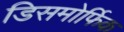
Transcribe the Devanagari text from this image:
डिसमोर्फिक